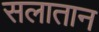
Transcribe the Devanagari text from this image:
सलातान